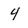
Character: 4